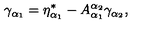
\gamma _ { \alpha _ { 1 } } = \eta _ { \alpha _ { 1 } } ^ { * } - A _ { \alpha _ { 1 } } ^ { \alpha _ { 2 } } \gamma _ { \alpha _ { 2 } } ,